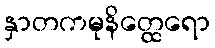
နှာတကမုနိတ္ထေရော